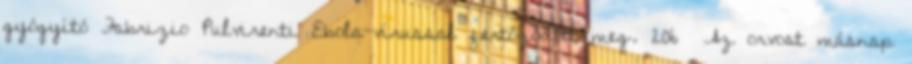
gyógyító Fabrizio Pulvirenti Ebola-vírussal fertőződött meg. 206 Az orvost másnap